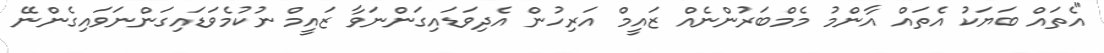
"އެތައް ބަޔަކު އެތައް އާންމު މެމްބަރުންނެއް ޒައީމް އަރިހުން އެދިވަޑައިގަންނަވާ ޒައީމް ނުކުމެވަޑައިގަންނަވައިގެންނޭ